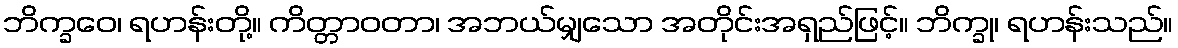
ဘိက္ခဝေ၊ ရဟန်းတို့။ ကိတ္တာဝတာ၊ အဘယ်မျှသော အတိုင်းအရှည်ဖြင့်။ ဘိက္ခု၊ ရဟန်းသည်။